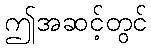
ဤအဆင့်တွင်